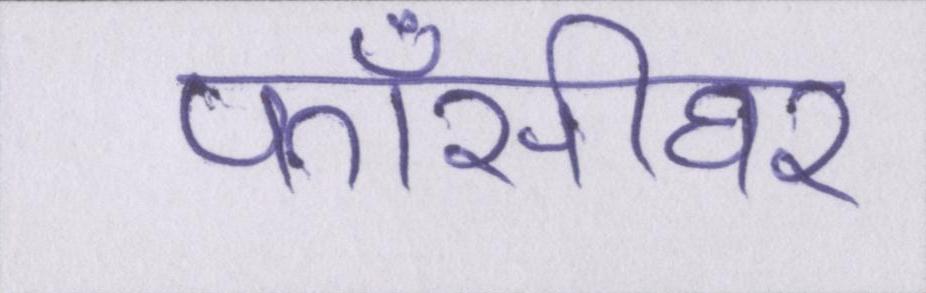
फाँसीघर